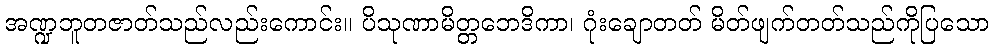
အဏ္ဍဘူတဇာတ်သည်လည်းကောင်း။ ပိသုဏာမိတ္တဘေဒိကာ၊ ဂုံးချောတတ် မိတ်ဖျက်တတ်သည်ကိုပြသော